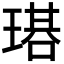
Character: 𤨃